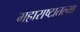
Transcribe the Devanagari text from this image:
महाराष्टातल्या